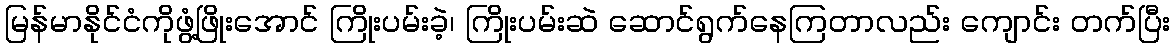
မြန်မာနိုင်ငံကိုဖွံ့ဖြိုးအောင် ကြိုးပမ်းခဲ့၊ ကြိုးပမ်းဆဲ ဆောင်ရွက်နေကြတာလည်း ကျောင်း တက်ပြီး